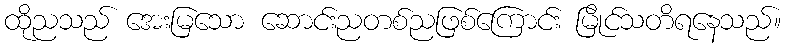
ထိုညသည် အေးမြသော ဆောင်းညတစ်ညဖြစ်ကြောင်း မြိုင်သတိရနေသည်။